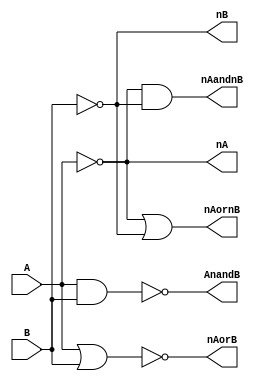
module demorgan
(
  input A, // single bit inputs
  input B,
  output nA, //output itermediate complemented inputs
  output nB,
  output nAandnB, // single bit output, (~A)*(~B)
  output AnandB, // (~(AB))
  output nAorB, // (~(A + B))
  output nAornB // ((~A)+(~B))
);

  wire nA;
  wire nB;
  not Ainv(nA, A); // top inverted named Ainv, takes signal A as input and produces signal nA
  not Binv(nB, B);

  and andgate(nAandnB, nA, nB);  // AND gate produces nAandnB from nA and nB
  nand nandgate(AnandB, A, B);  // NAND gate produces nAandB from A and B
  or orgate(nAornB, nA, nB);  // OR gate produces nAornB from nA and nB
  nor norgate(nAorB, A, B); // NOR gate produces nAorB from A and B
endmodule